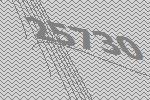
25730